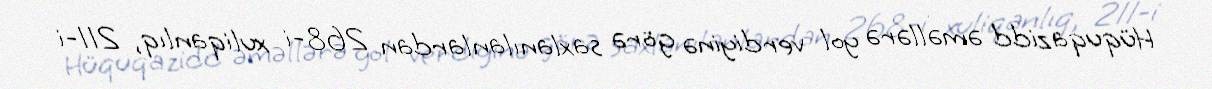
Hüquqazidd əməllərə yol verdiyinə görə saxlanılanlardan 268-i xuliqanlıq, 211-i